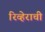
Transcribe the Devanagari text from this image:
रिव्हेराची